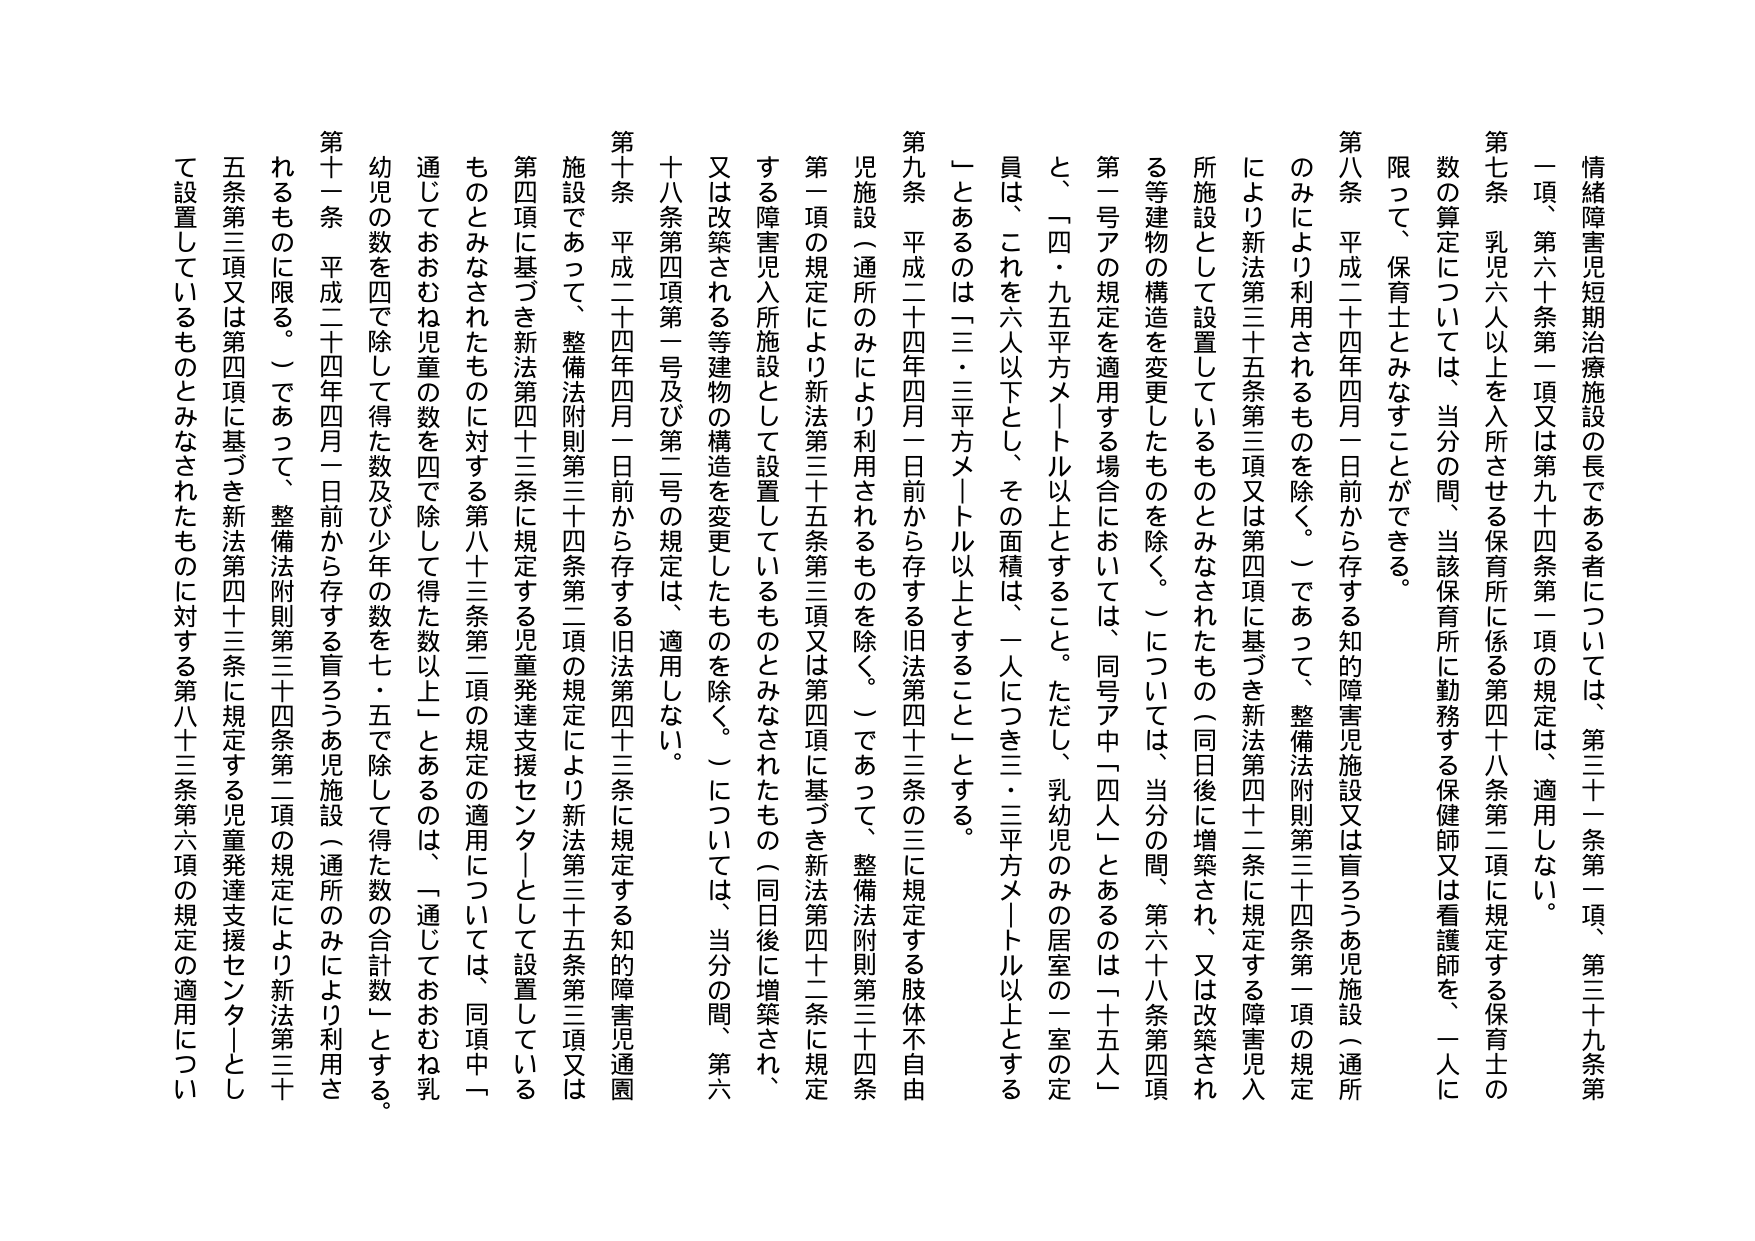
情緒障害児短期治療施設の長である者については、第三十一条第一項、第三十九条第一項、第六十条第一項又は第九十四条第一項の規定は、適用しない。

第七条　乳児六人以上を入所させる保育所に係る第四十八条第二項に規定する保育士の数の算定については、当分の間、当該保育所に勤務する保健師又は看護師を、一人に限って、保育士とみなすことができる。

第八条　平成二十四年四月一日前から存する知的障害児施設又は盲ろうあ児施設（通所のみにより利用されるものを除く。）であって、整備法附則第三十四条第一項の規定により新法第三十五条第三項又は第四項に基づき新法第四十二条に規定する障害児入所施設として設置しているものとみなされたもの（同日後に増築され、又は改築される等建物の構造を変更したものを除く。）については、当分の間、第六十八条第四項第一号アの規定を適用する場合においては、同号ア中「十四人」とあるのは「十五人」と、一四・九五平方メートル以上とすること。ただし、乳幼児のみの居室の一室の定員は、これを六人以下とし、その面積は、一人につき三・三平方メートル以上とする。一とあるのは一三・三平方メートル以上とすることとする。

第九条　平成二十四年四月一日前から存する旧法第四十三条の三に規定する肢体不自由児施設（通所のみにより利用されるものを除く。）であって、整備法附則第三十四条第一項の規定により新法第三十五条第三項又は第四項に基づき新法第四十二条に規定する障害児入所施設として設置しているものとみなされたもの（同日後に増築され、又は改築される等建物の構造を変更したものを除く。）については、当分の間、第六十八条第四項第一号及び第二号の規定は、適用しない。

第十条　平成二十四年四月一日前から存する旧法第四十三条に規定する知的障害児通園施設であって、整備法附則第三十四条第二項の規定により新法第三十五条第三項又は第四項に基づき新法第四十三条に規定する児童発達支援センターとして設置しているものとみなされたものに対する第八十三条第二項の規定の適用については、同項中「通じておおむね児童の数を四で除して得た数以上」とあるのは、「通じておおむね乳幼児の数を四で除して得た数及び少年の数を七・五で除して得た数の合計数」とする。

第十一条　平成二十四年四月一日前から存する盲ろうあ児施設（通所のみにより利用されるものに限る。）であって、整備法附則第三十四条第二項の規定により新法第三十五条第三項又は第四項に基づき新法第四十三条に規定する児童発達支援センターとして設置しているものとみなされたものに対する第八十三条第六項の規定の適用について